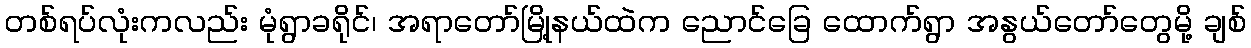
တစ်ရပ်လုံးကလည်း မုံရွာခရိုင်၊ အရာတော်မြို့နယ်ထဲက ညောင်ခြေ ထောက်ရွာ အနွယ်တော်တွေမို့ ချစ်